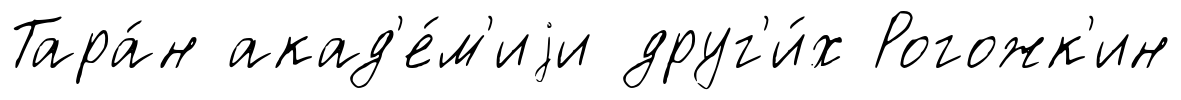
Тара́н акад'е́м'иjи друг'и́х Рогожк'ин